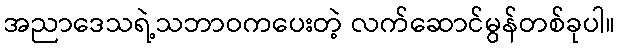
အညာဒေသရဲ့သဘာဝကပေးတဲ့ လက်ဆောင်မွန်တစ်ခုပါ။